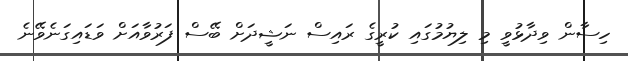
ހިސާން ވިދާޅުވީ މި ލިޔުމުގައި ކުރީގެ ރައިސް ނަޝީދަށް ބޭސް ފަރުވާއަށް ވަޑައިގަނެވޭނެ